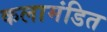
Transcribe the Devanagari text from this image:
कलामंडित